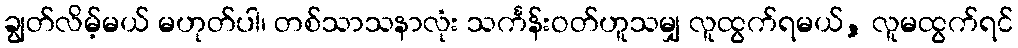
ချွတ်လိမ့်မယ် မဟုတ်ပါ၊ တစ်သာသနာလုံး သင်္ကန်းဝတ်ဟူသမျှ လူထွက်ရမယ်, လူမထွက်ရင်